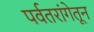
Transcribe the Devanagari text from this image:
पर्वतरांगेतून